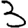
Digit: 3